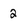
Character: 2